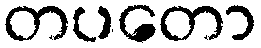
တပတော